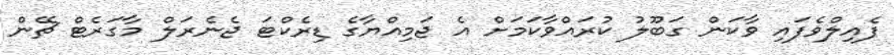
ފެއިލްވެފައި ވާކަން ގަބޫލު ކުރައްވާކަމަށް އެ ޖަމިއްޔާގެ ޑިރެކްޓަ ޖެނެރަލް މާގަރެޓް ޗޭން